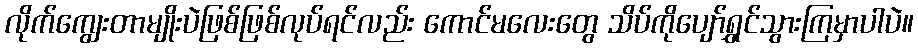
လိုက်ကျွေးတာမျိုးပဲဖြစ်ဖြစ်လုပ်ရင်လည်း ကောင်မလေးတွေ သိပ်ကိုပျော်ရွှင်သွားကြမှာပါပဲ။